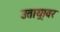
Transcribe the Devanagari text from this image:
उताय्रावर